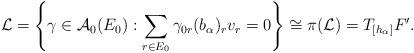
LaTeX: \begin{align*}\mathcal{L}=\left\{\gamma\in\mathcal{A}_{0}(E_{0}) : \sum_{r \in E_0}\gamma_{0r}(b_{\alpha})_{r}v_{r}=0\right\}\cong \pi(\mathcal{L})=T_{[h_{\alpha}]}F'.\end{align*}